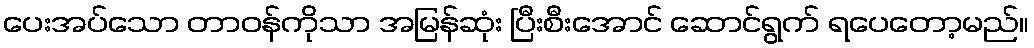
ပေးအပ်သော တာဝန်ကိုသာ အမြန်ဆုံး ပြီးစီးအောင် ဆောင်ရွက် ရပေတော့မည်။